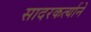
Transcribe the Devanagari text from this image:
सादरकर्त्याने